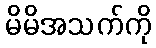
မိမိအသက်ကို